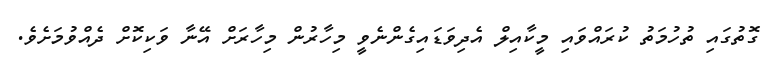
ގޮތުގައި ތުހުމަތު ކުރައްވައި މީކާއިލް އެދިވަޑައިގެންނެވީ މިހާރުން މިހާރަށް އޭނާ ވަކިކޮށް ދެއްވުމަށެވެ.